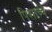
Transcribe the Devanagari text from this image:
पिशाच्चे